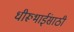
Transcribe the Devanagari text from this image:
धीरूभाईंसाठी